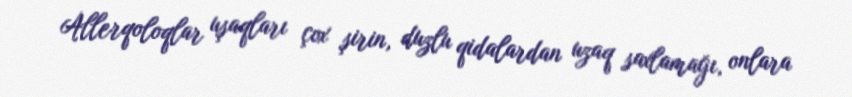
Allerqoloqlar uşaqları çox şirin, duzlu qidalardan uzaq saxlamağı, onlara